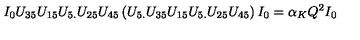
I _ { 0 } U _ { 3 5 } U _ { 1 5 } U _ { 5 . } U _ { 2 5 } U _ { 4 5 } \left( U _ { 5 . } U _ { 3 5 } U _ { 1 5 } U _ { 5 . } U _ { 2 5 } U _ { 4 5 } \right) I _ { 0 } = \alpha _ { K } Q ^ { 2 } I _ { 0 }